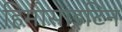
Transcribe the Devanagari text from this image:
हिमोसाइटिन